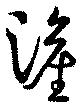
滻